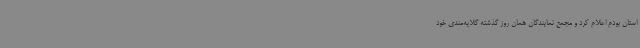
استان بودم اعلام کرد و مجمع نمایندگان همان روز گذشته گلایه‌مندی خود